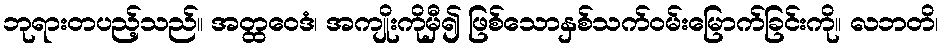
ဘုရားတပည့်သည်။ အတ္ထဝေဒံ၊ အကျိုးကိုမှီ၍ ဖြစ်သောနှစ်သက်ဝမ်းမြောက်ခြင်းကို။ လဘတိ၊